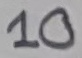
Text: 10